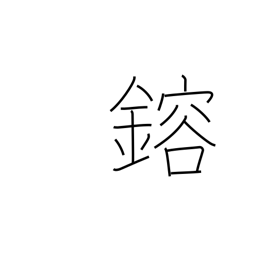
Meaning: melt